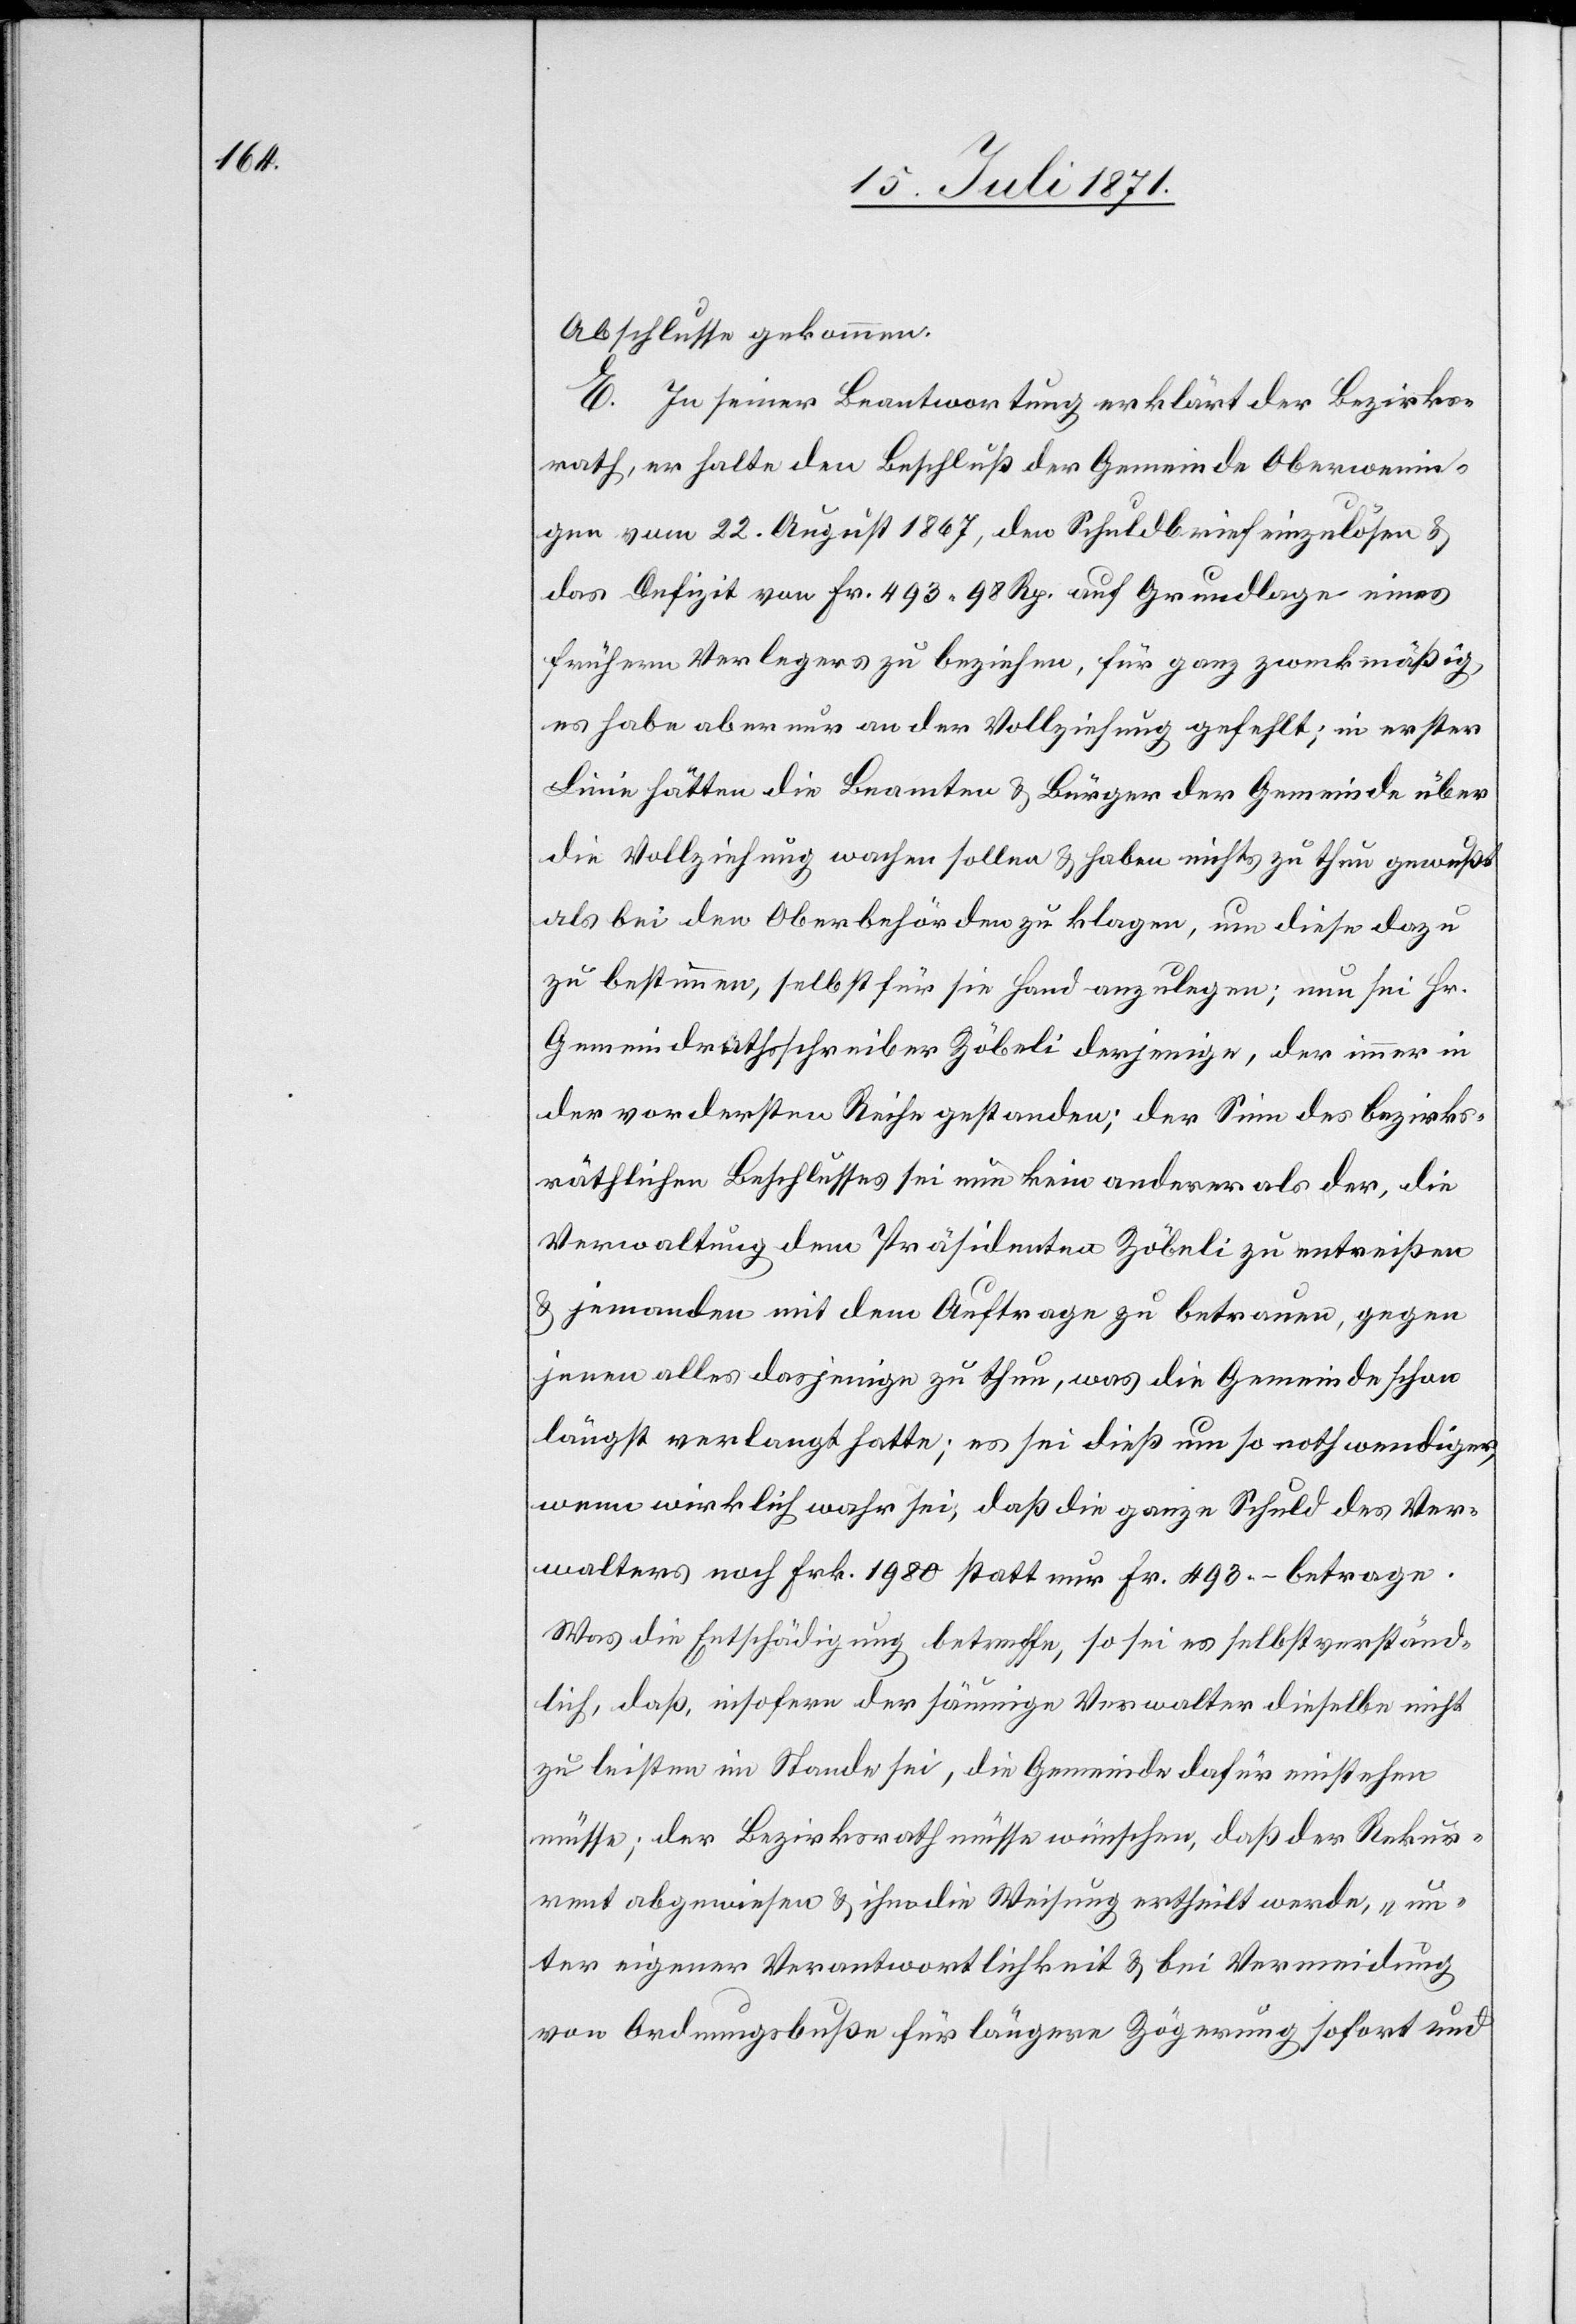
Abschlusse gekommen.
E. In seiner Beantwortung erklärt der Bezirks¬
rath, er halte den Beschluß der Gemeinde Oberwenin¬
gen vom 22. August 1867, den Schuldbrief einzulösen u.
das Defizit von Fr. 493.98 Rp. auf Grundlage eines
frühern Verlegers zu beziehen, für ganz zweckmäßig,
es habe aber nur an der Vollziehung gefehlt; in erster
Linie hätten die Beamten u. Bürger der Gemeinde über
die Vollziehung wachen sollen u. haben nichts zu thun gewußt
als bei den Oberbehörden zu klagen, um diese dazu
zu bestimmen, selbst für sie Hand anzulegen; nun sei Hr.
Gemeindrathsschreiber Zöbeli derjenige, der immer in
der vordersten Reihe gestanden; der Sinn des bezirks¬
räthlichen Beschlusses sei nun kein anderer als der, die
Verwaltung dem Präsidenten Zöbeli zu entreißen
u. jemanden mit dem Auftrage zu betrauen, gegen
jenen alles dasjenige zu thun, was die Gemeinde schon
längst verlangt hatte; es sei dieß um so nothwendiger,
wenn wirklich wahr sei, daß die ganze Schuld des Ver¬
walters noch Frk. 1980 statt nur Fr. 493.– betrage.
Was die Entschädigung betreffe, so sei es selbstverständ¬
lich, daß, insofern der säumige Verwalter dieselbe nicht
zu leisten im Stande sei, die Gemeinde dafür einstehen
müsse; der Bezirksrath müsse wünschen, daß der Rekur¬
rent abgewiesen u. ihm die Weisung ertheilt werde, „un¬
ter eigener Verantwortlichkeit u. bei Vermeidung
von Ordnungsbuße für längere Zögerung sofort und